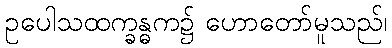
ဥပေါသထက္ခန္ဓက၌ ဟောတော်မူသည်၊